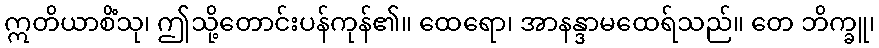
ဣတိယာစိံသု၊ ဤသို့တောင်းပန်ကုန်၏။ ထေရော၊ အာနန္ဒာမထေရ်သည်။ တေ ဘိက္ခူ၊